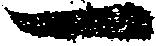
一